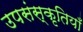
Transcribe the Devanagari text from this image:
उपसंस्कृतियाँ